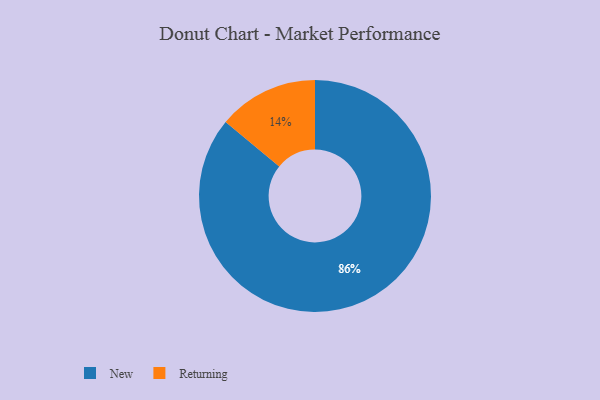
{"axis": {"x": "Category", "y": "Percentage"}, "legend": ["New", "Returning"], "data": [{"x": "New", "y": 86, "type": "New"}, {"x": "Returning", "y": 14, "type": "Returning"}]}